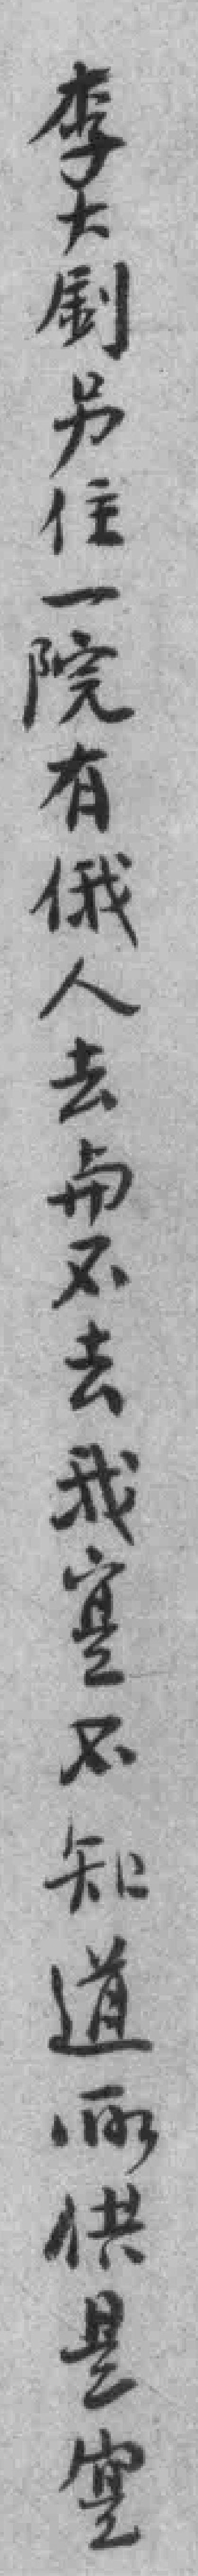
李大釗另住一院有俄人去与不去我寔不知道所供是寔